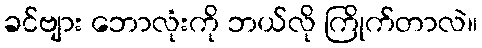
ခင်ဗျား ဘောလုံးကို ဘယ်လို ကြိုက်တာလဲ။